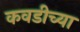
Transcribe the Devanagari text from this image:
कवडीच्या